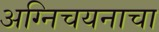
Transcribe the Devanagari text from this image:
अग्निचयनाचा